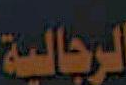
الرجالية